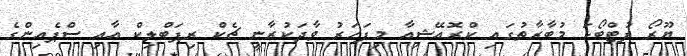
ޔޫރޯ ފުޓްބޯޅަ މުބާރާތުގައި ކްރޮއޭޝިއާ މިފަހަރު ވާދަކުރާނީ ޗެކް ރިޕަބްލިކް އާއި ސްޕެއިންގެ